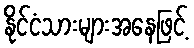
နိုင်ငံသားများအနေဖြင့်